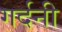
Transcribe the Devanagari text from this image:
गर्दनी